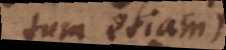
tum etiam